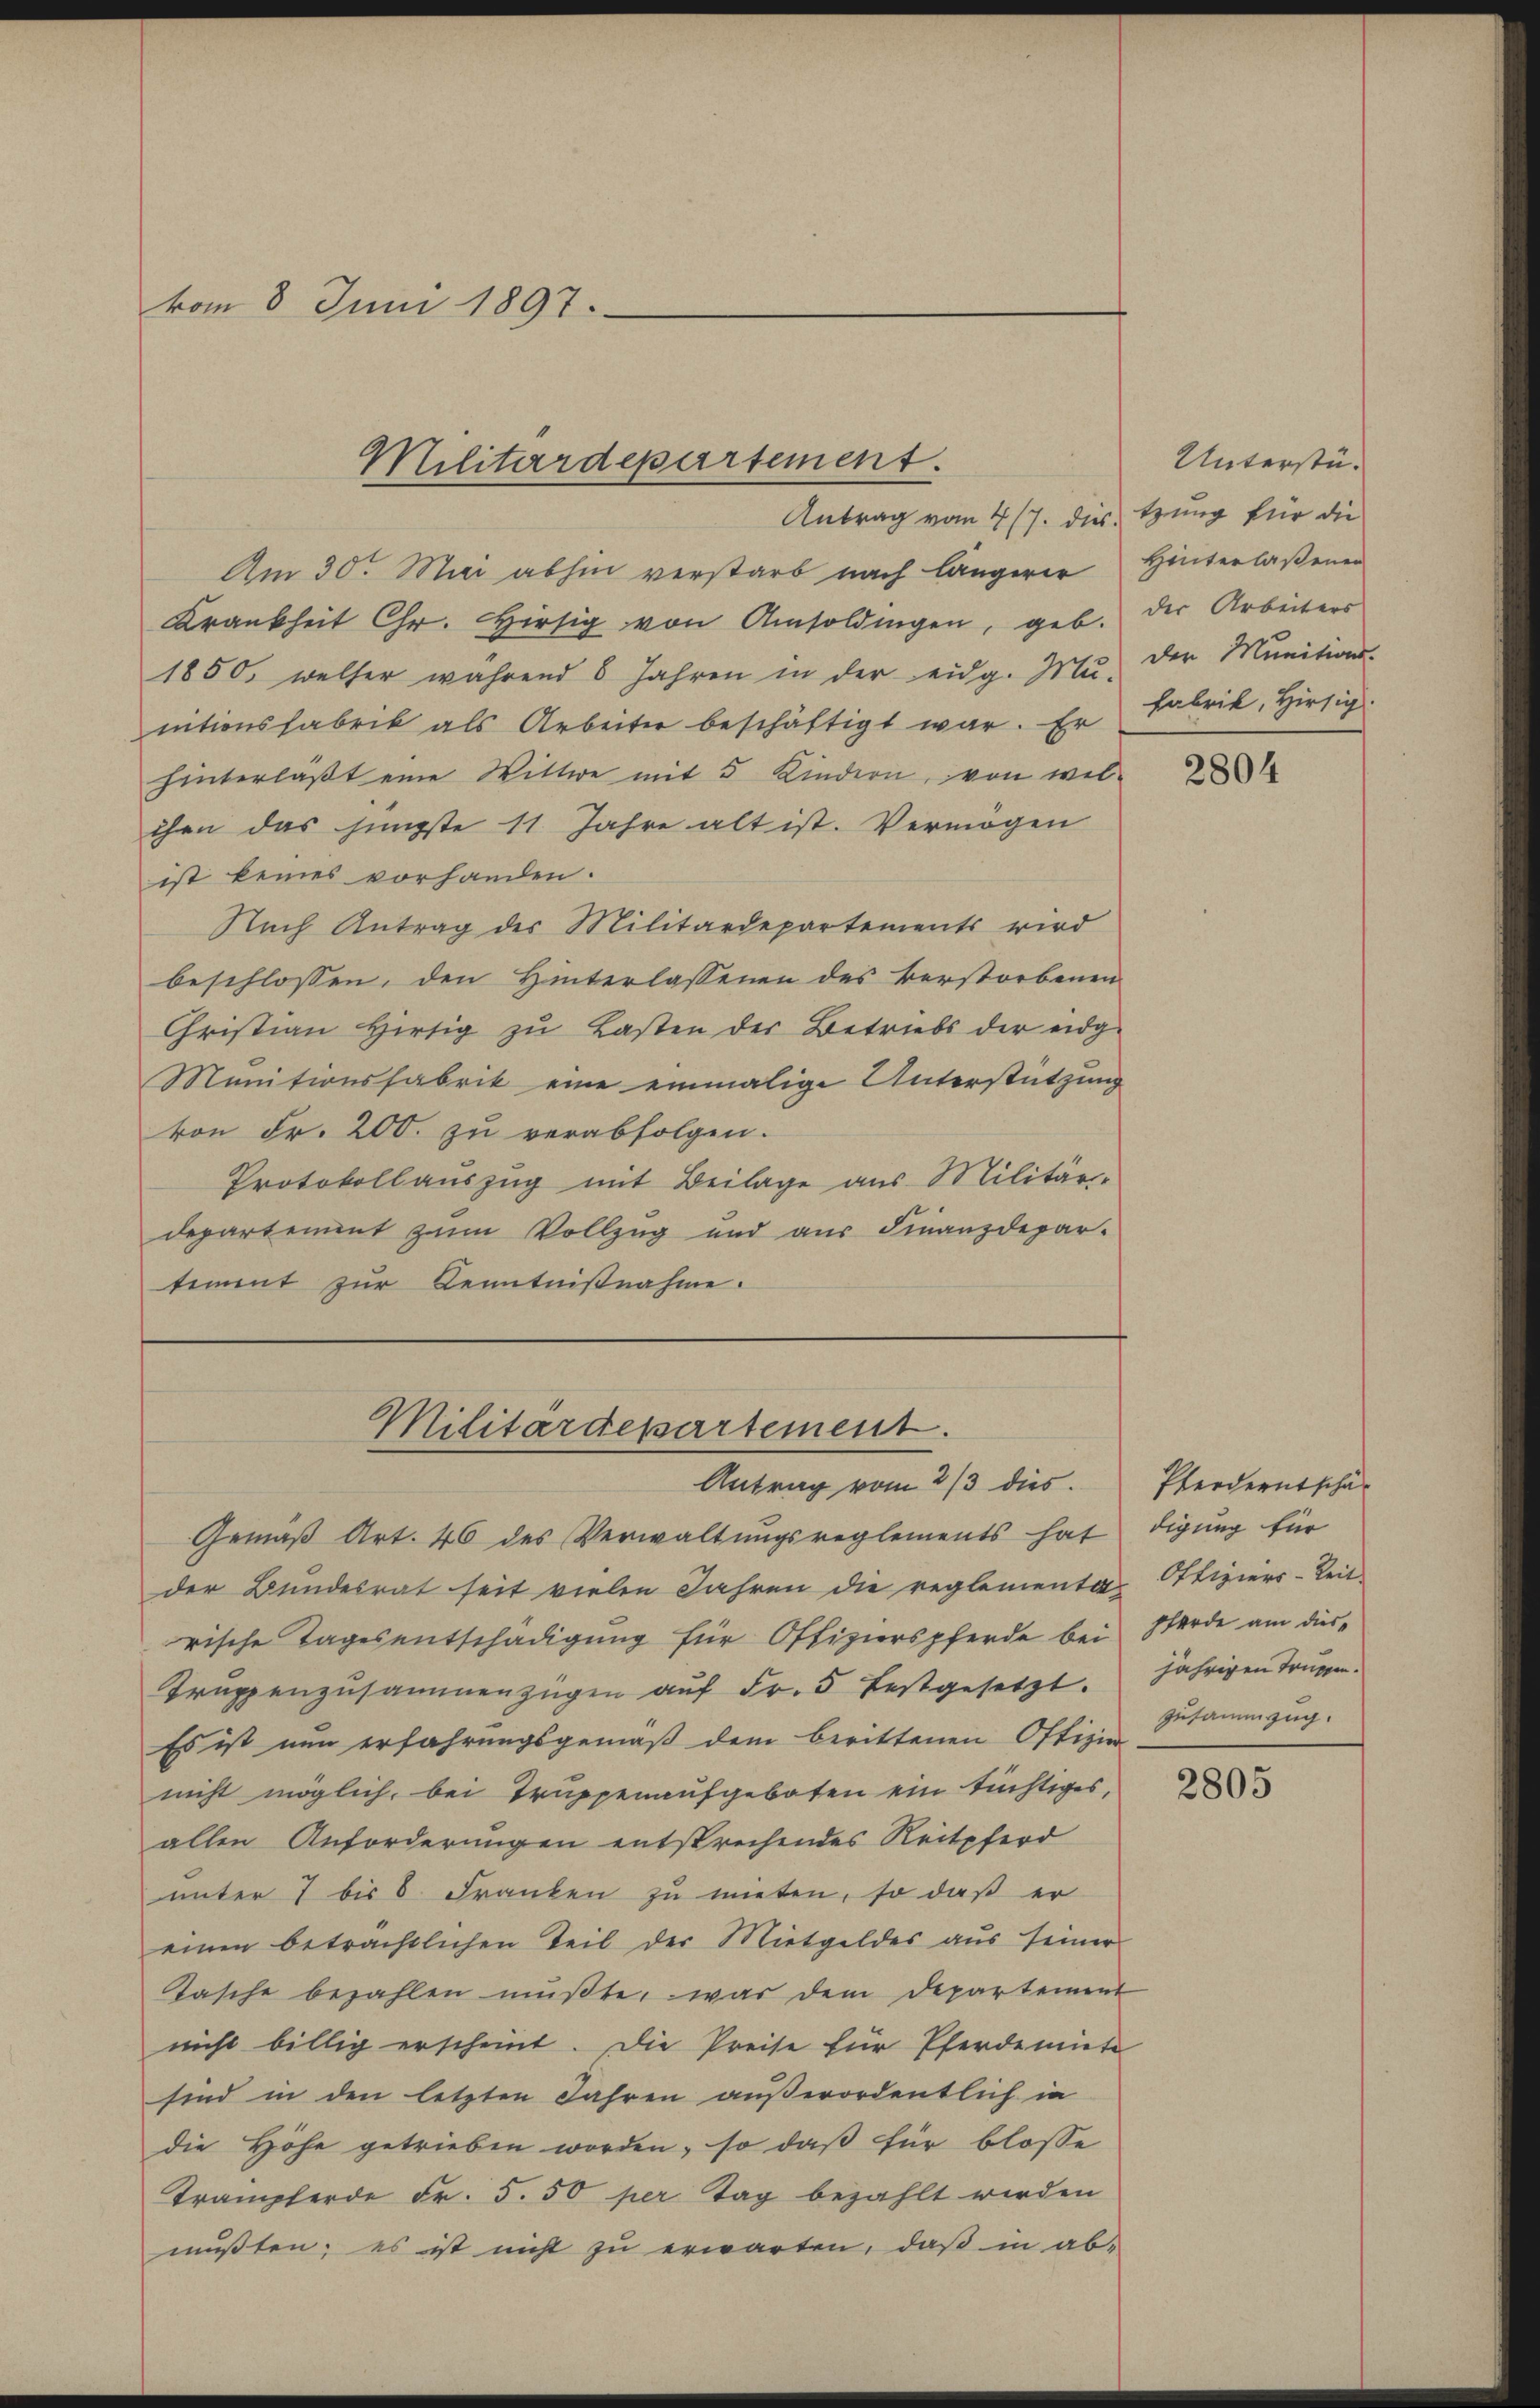
vom 8. Juni 1897.

Antrag vom 4/7. des tung für die
Am 30. Mai abhin verstarb nach längerer Hinterlaßenen
Krankheit Chr. Hiesig von Amsoldungen, geb.
1850, welcher während 6 Jahren in der eidg. Mu-
entionsfabrik als Arbeiter beschäftigt war. Er
hinterläßt eine Wittwe mit 5 Kindern, von welihr das jüngste 11 Jahre alt ist. Vermögen
ist keines vorhanden.
Nach Antrag des Militärdepartements wird
beschlossen, den Hinterlassenen des verstorbenen
Christian Hirtig zu Lasten der Betriebs der eidg-
Manitionsfabrik eine einmalige Unterstützung
von Fr. 200. zu verabfolgen.
Protokollauszug mit Beilage aus Militär-
departement zum Vollzug und aŭs Finanzdepar-
tement zur Kenntnißnahme.

Militärdepartement.

Militärdepartement.
Antrag vom 2/3 dies

Gemäß Art. 46 des Verwaltungsreglements hat
der Bundesrat seit vielen Jahren die reglementarische Tagesentschädigung für Offizierspferde bei
Truppenzusammenzügen auf Fr. 5 festgesetzt.
Es ist nun erfahrungsgemäß dem berittenen Offizie
nicht möglich, bei Truppenaufgeboten ein tüchtiges,
allen Anforderungen entsprechendes Reitpferd
unter 7 bis 8 Franken zu mieten, so daß er
einen beträchtlichen Teil der Mietgeldes aus seiner
Tasche bezahlen müßte, was dem Departement
nicht billig erscheint. Die Preise für Pferdemiete
sind in den letzten Jahren außerordentlich in
die Höhe getrieben worden, so daß für blosse
Trampferde Fr. 5. 50 per Tag bezahlt werden
mußten; es ist nicht zu erwarten, daß in ab¬

Unterstüder Arbeiters
Der Munitions-
Fabrik, Hirsig

2804

Pferdentschädigung für
Offiziers-Reit
pferde am diesjährigen Tragen.
zusammzug.

2805